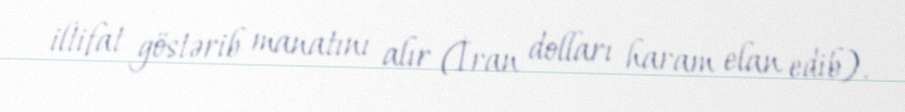
iltifat göstərib manatını alır (İran dolları haram elan edib).